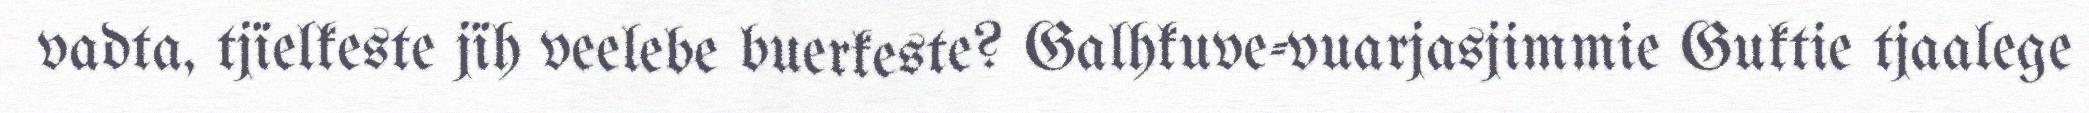
vadta, tjïelkeste jïh veelebe buerkeste? Galhkuve-vuarjasjimmie Guktie tjaalege